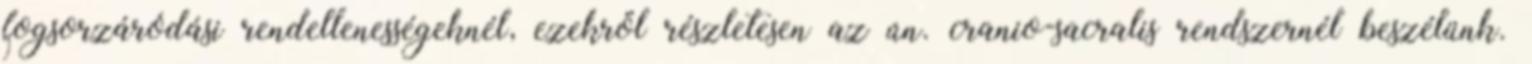
fogsorzáródási rendellenességeknél, ezekről részletesen az ún. cranio-sacralis rendszernél beszélünk.